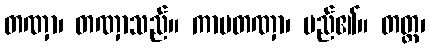
တဏှာ၊ တဏှာသည်။ ကာမတဏှာ၊ မည်၏။ တတ္ထ၊